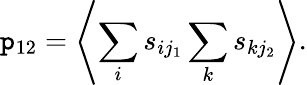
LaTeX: \mathtt{p}_{12}=\left<\sum_{i}s_{ij_{1}}\sum_{k}s_{kj_{2}}\right>.